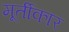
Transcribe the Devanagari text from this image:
मूर्तीकार